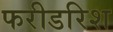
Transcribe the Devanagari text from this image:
फरीडरिश